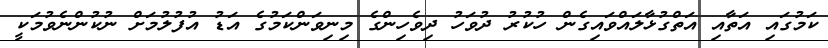
ކަމުގައި އަތާއި އަތްގުޅާލައްވައިގެން ހުކުރު ދުވަހު ދިވެހިންގެ މިނިވަންކަމުގެ އަޑު އުފުލުމަށް ނުކުންނެވުމަކީ